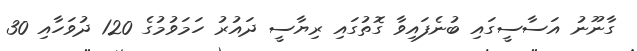
ގާނޫނު އަސާސީގައި ބުނެފައިވާ ގޮތުގައި ރިޔާސީ ދައުރު ހަމަވުމުގެ 120 ދުވަހާއި 30